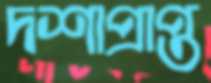
দশাপ্রাপ্ত